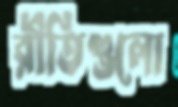
রীতিগুলো